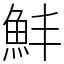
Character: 䰷